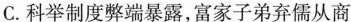
C.科举制度弊端暴露，富家子弟弃儒从商